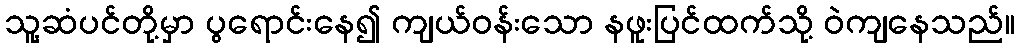
သူ့ဆံပင်တို့မှာ ပွရောင်းနေ၍ ကျယ်ဝန်းသော နဖူးပြင်ထက်သို့ ဝဲကျနေသည်။